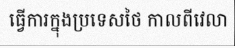
ធ្វើការក្នុងប្រទេសថៃ កាលពីវេលា